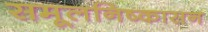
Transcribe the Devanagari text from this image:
समूलनिष्कासन